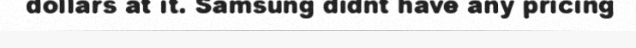
dollars at it. Samsung didnt have any pricing